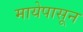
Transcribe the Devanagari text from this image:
मायेपासून